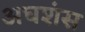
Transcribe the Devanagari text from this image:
अघशंस